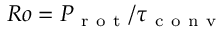
R o = P _ { \mathrm { ~ r ~ o ~ t ~ } } / \tau _ { \mathrm { ~ c ~ o ~ n ~ v ~ } }